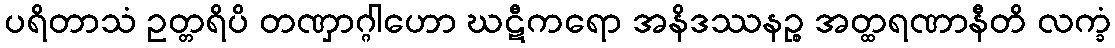
ပရိတာသံ ဥတ္တရိပိ တဏှာဂ္ဂါဟော ဃဋီကရော အနိဒဿနဉ္စ အတ္ထရဏာနီတိ လက္ခံ